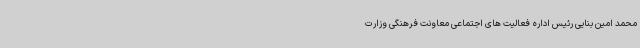
محمد امین بنایی رئیس اداره فعالیت های اجتماعی معاونت فرهنگی وزارت